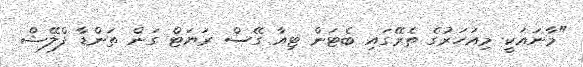
"މާނައަކީ މިއަހަރުގެ ތެރޭގައި ބެޓަން ޓިއާ ގޭސް ރަޔަޓް ގަން ތަންޑާ ފްލޭޝް